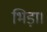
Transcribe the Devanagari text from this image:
भिड़ा।